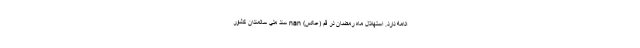
ادامه دارد. استهلال ماه رمضان در قم (عکس) nan سند ملي سالمندان كشور